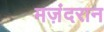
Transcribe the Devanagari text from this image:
मज़ंदरान